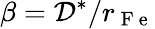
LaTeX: \beta=\mathcal{D}^{*}/r_{\mathrm{~F~e~}}